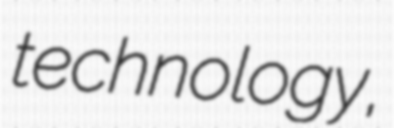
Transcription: technology,